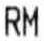
RM